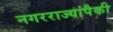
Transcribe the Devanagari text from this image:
नगरराज्यांपैकी